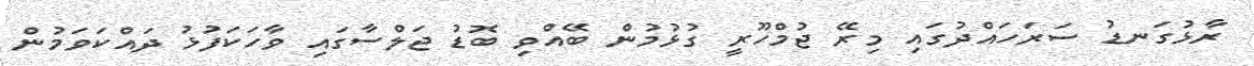
ރާޅުގަނޑު ސަރަހައްދުގައި މިރޭ ޖުމްހޫރީ ގުޅުމުން ބޭއްވި ބޮޑު ޖަލްސާގައި ވާހަކަފުޅު ދައްކަވަމުން